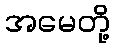
အမေတို့